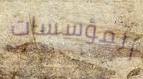
المؤسسات